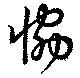
恊